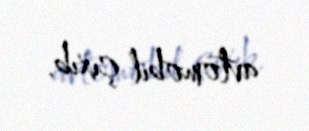
avtomobil çıxıb.